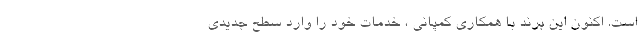
است. اکنون این برند با همکاری کمپانی ، خدمات خود را وارد سطح جدیدی